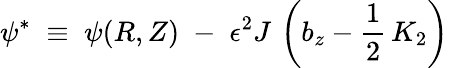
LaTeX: \psi^{*}\; \equiv{}\; \psi(R,Z)\; -\; \epsilon^{2}J\, \left(b_{z}-\frac{1}{2}\, K_{2}\right)